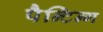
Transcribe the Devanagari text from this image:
पैन्टिन्ग